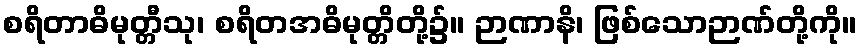
စရိတာဓိမုတ္တီသု၊ စရိတအဓိမုတ္တိတို့၌။ ဉာဏာနိ၊ ဖြစ်သောဉာဏ်တို့ကို။